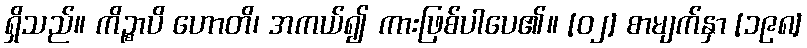
ရှိသည်။ ကိဉ္စာပိ ဟောတိ၊ အကယ်၍ ကားဖြစ်ပါပေ၏။ [၀၂] စာမျက်နှာ [၁၉၈]